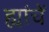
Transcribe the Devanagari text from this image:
ह्यांचें